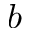
b